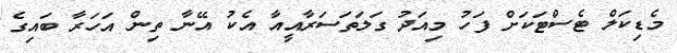
މެޑިކަލް ޓެސްޓަކަށް ފަހު މިއަދު ގަލަތަސަރާއީއާ އެކު އޭނާ ތިން އަހަރާ ބައިގެ